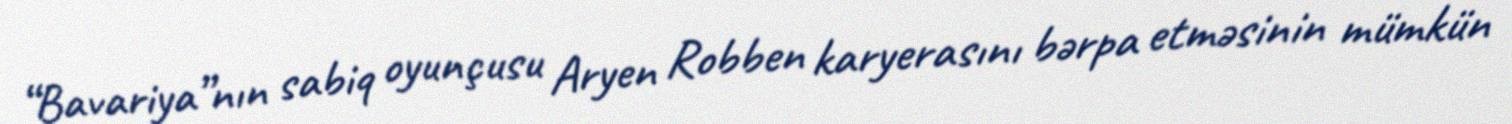
“Bavariya”nın sabiq oyunçusu Aryen Robben karyerasını bərpa etməsinin mümkün